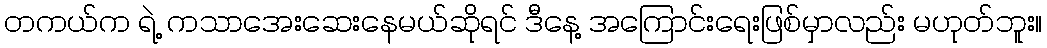
တကယ်က ရဲ့ ကသာအေးဆေးနေမယ်ဆိုရင် ဒီနေ့ အကြောင်းရေးဖြစ်မှာလည်း မဟုတ်ဘူး။